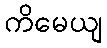
ကိမေယျ